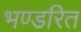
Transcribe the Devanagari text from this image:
भण्डरित